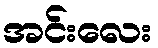
အင်းလေး